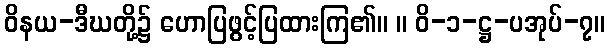
ဝိနယ-ဒီဃတို့၌ ဟောပြဖွင့်ပြထားကြ၏။ ။ ဝိ-၁-ဋ္ဌ-ပအုပ်-၇။